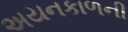
અયનકાળની